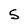
Character: S